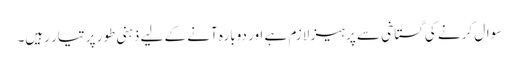
سوال کرنے کی گستاخی سے پرہیز لازم ہے اور دوبارہ آنے کے لیے ذہنی طور پر تیار رہیں۔